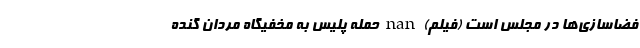
فضاسازی‌ها در مجلس است (فیلم) nan حمله پلیس به مخفیگاه مردان گنده